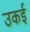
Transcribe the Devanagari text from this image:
उकई